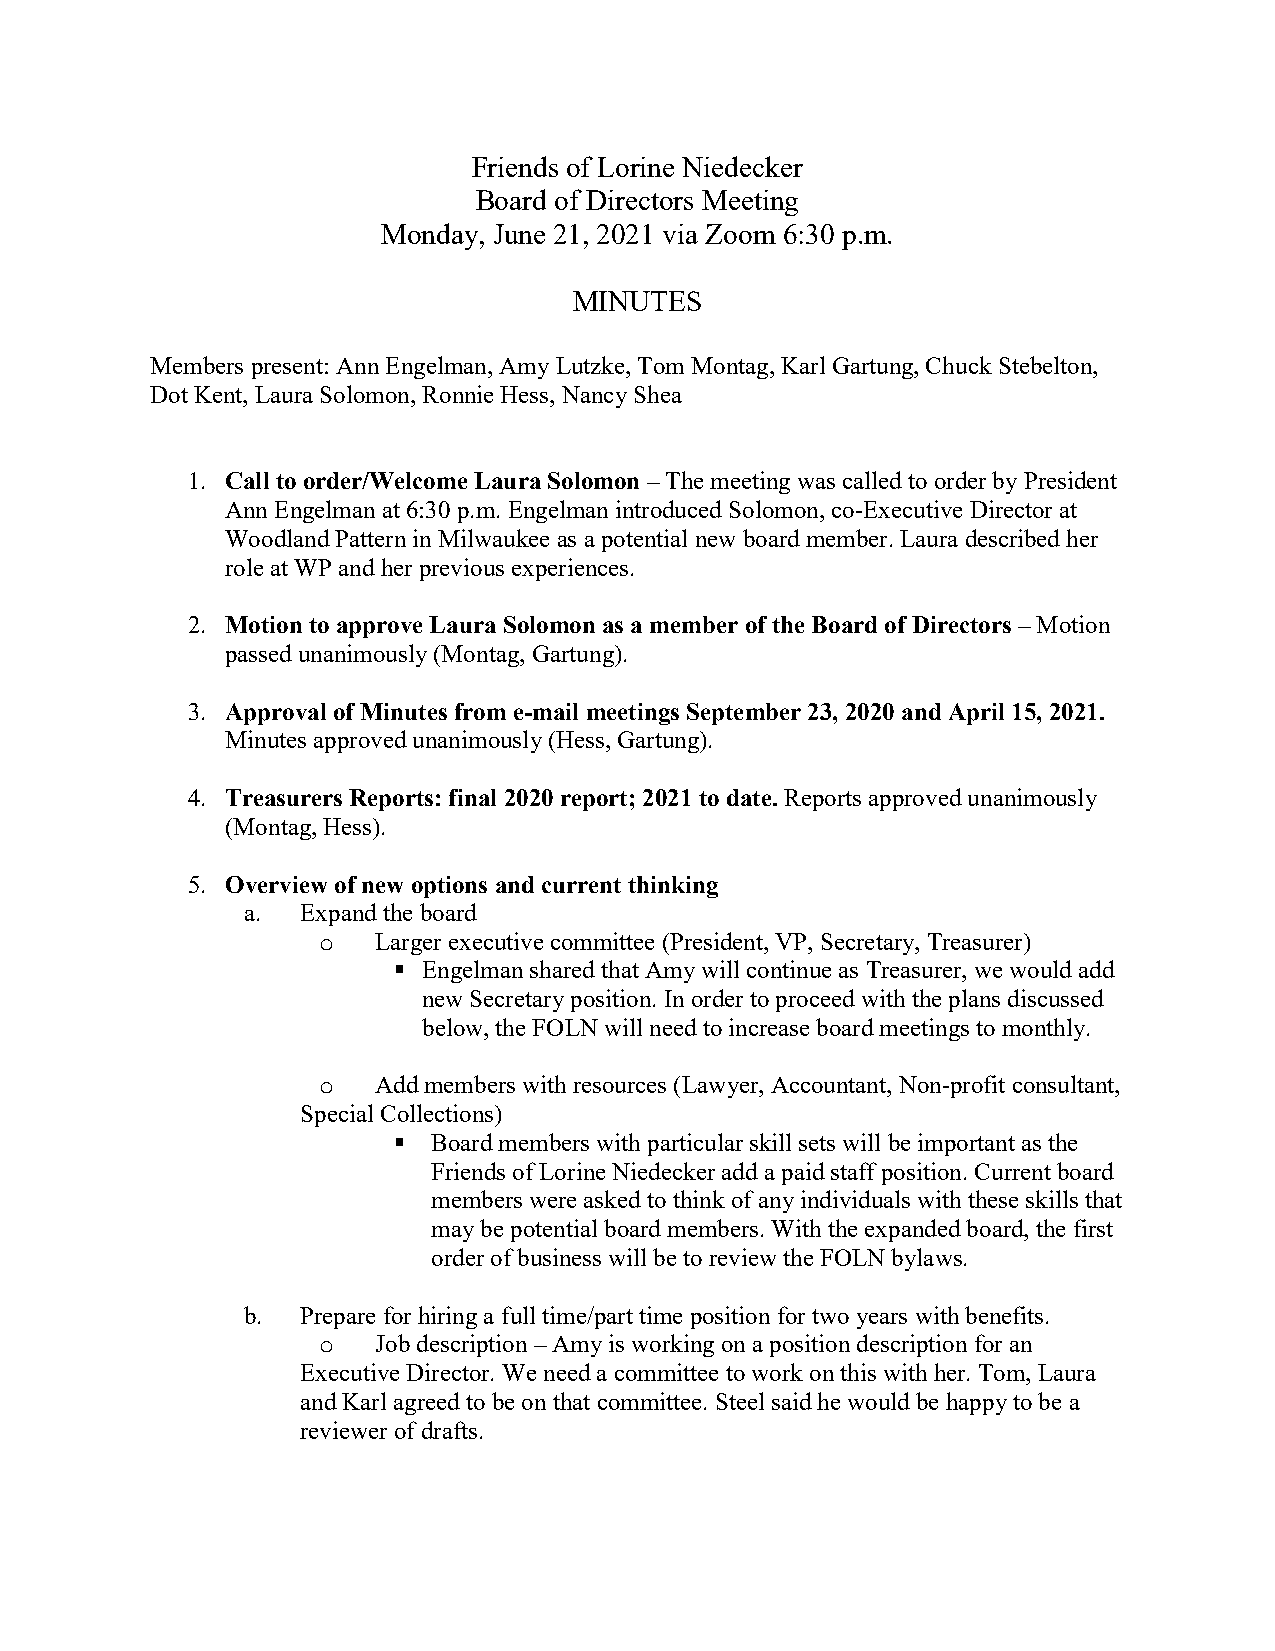
Friends of Lorine Niedecker
 Board of Directors Meeting
 Monday, June 21, 2021 via Zoom 6:30 p.m.
 MINUTES
 Members present: Ann Engelman, Amy Lutzke, Tom Montag, Karl Gartung, Chuck Stebelton,
 Dot Kent, Laura Solomon, Ronnie Hess, Nancy Shea
 1. Call to order/Welcome Laura Solomon – The meeting was called to order by President
 Ann Engelman at 6:30 p.m. Engelman introduced Solomon, co-Executive Director at
 Woodland Pattern in Milwaukee as a potential new board member. Laura described her
 role at WP and her previous experiences.
 2. Motion to approve Laura Solomon as a member of the Board of Directors – Motion
 passed unanimously (Montag, Gartung).
 3. Approval of Minutes from e-mail meetings September 23, 2020 and April 15, 2021.
 Minutes approved unanimously (Hess, Gartung).
 4. Treasurers Reports: final 2020 report; 2021 to date. Reports approved unanimously
 (Montag, Hess).
 5. Overview of new options and current thinking
 a.  Expand the board
 Larger executive committee (President, VP, Secretary, Treasurer)
 o
  Engelman shared that Amy will continue as Treasurer, we would add
 new Secretary position. In order to proceed with the plans discussed
 below, the FOLN will need to increase board meetings to monthly.
 Add members with resources (Lawyer, Accountant, Non-profit consultant,
 o
 Special Collections)
   Board members with particular skill sets will be important as the
 Friends of Lorine Niedecker add a paid staff position. Current board
 members were asked to think of any individuals with these skills that
 may be potential board members. With the expanded board, the first
 order of business will be to review the FOLN bylaws.
 b.  Prepare for hiring a full time/part time position for two years with benefits.
 Job description – Amy is working on a position description for an
 o
 Executive Director. We need a committee to work on this with her. Tom, Laura
 and Karl agreed to be on that committee. Steel said he would be happy to be a
 reviewer of drafts.